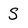
Character: S